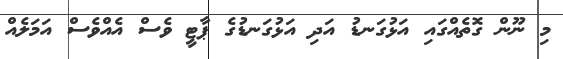
މި ނޫން ގޮތެއްގައި އަޅުގަނޑު އަދި އަޅުގަނޑުގެ ޕާޓީ ވެސް އެއްވެސް އަމަލެއް